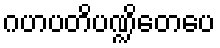
ဂဟပတိပဏ္ဍိတေပေ